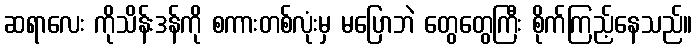
ဆရာလေး ကိုသိန်းဒန်ကို စကားတစ်လုံးမှ မပြောဘဲ တွေတွေကြီး စိုက်ကြည့်နေသည်။